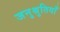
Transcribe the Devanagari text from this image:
जनुश्रुतियाँ